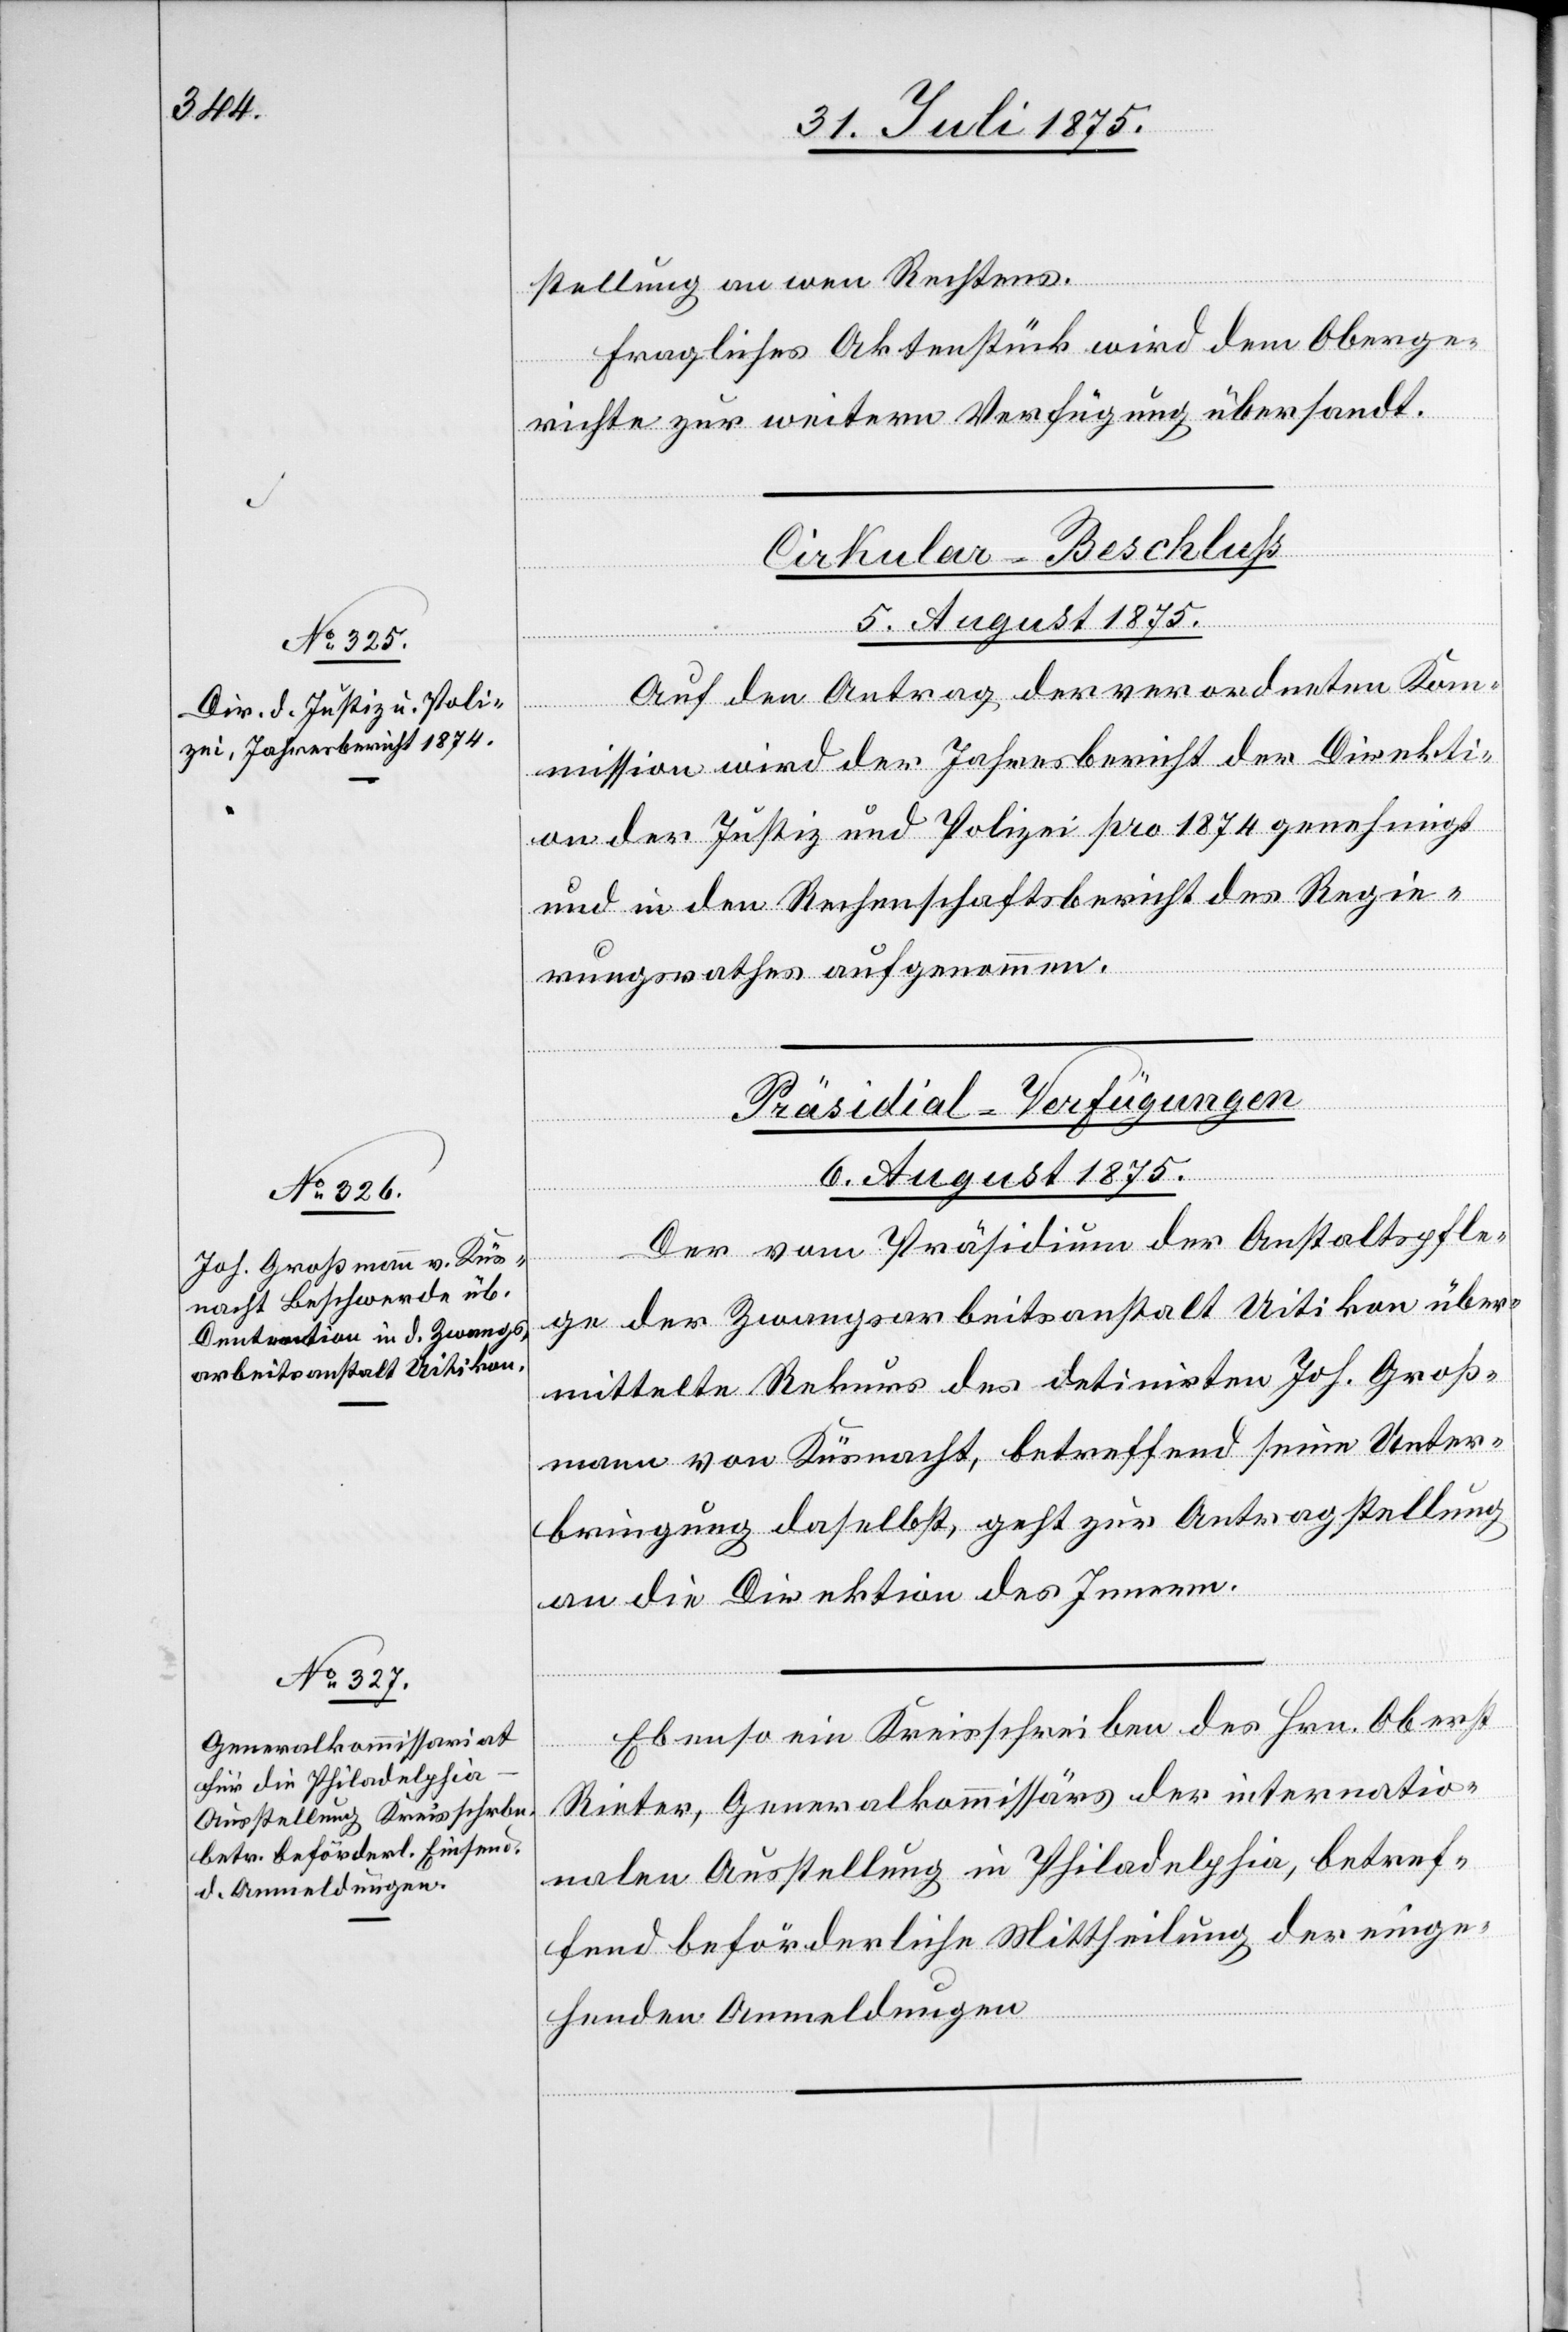
stellung an wen Rechtens.
Fragliches Aktenstück wird dem Oberge¬
richte zur weitern Verfügung übersandt.
Cirkular-Beschluß
5. August 1875.
Auf den Antrag der verordneten Ko¬
mmission wird der Jahresbericht der Direkti¬
on der Justiz und Polizei pro 1874 genehmigt
und in den Rechenschaftsbericht des Regie¬
rungsrathes aufgenommen.
[Präsidial-Verfügungen.
6. August 1875.]
Der vom Präsidium der Anstaltspfle¬
ge der Zwangsarbeitsanstalt Uitikon über¬
mittelte Rekurs des detinirten Joh. Groß¬
mann von Küsnacht, betreffend seine Unter¬
bringung daselbst, geht zur Antragstellung
an die Direktion des Innern.
Ebenso ein Kreisschreiben des Hrn. Oberst
Rieter, Generalkommissärs der internatio¬
nalen Ausstellung in Philadelphia, betref¬
fend beförderliche Mittheilung der einge¬
henden Anmeldungen.